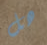
هل